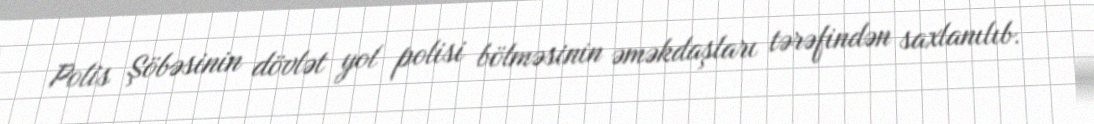
Polis Şöbəsinin dövlət yol polisi bölməsinin əməkdaşları tərəfindən saxlanılıb.